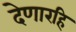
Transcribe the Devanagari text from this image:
देणारहि